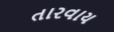
તારવાય